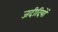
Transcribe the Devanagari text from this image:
जदीदियों